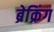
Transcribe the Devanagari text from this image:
ब्रेक्रिंग